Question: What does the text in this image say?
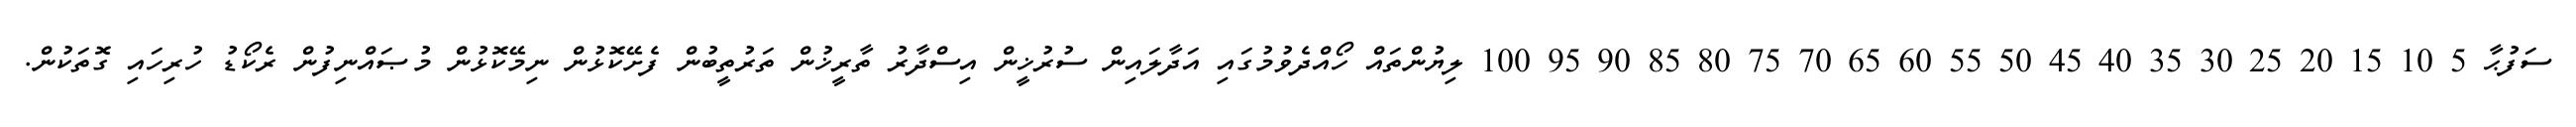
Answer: ސަފުޙާ 5 10 15 20 25 30 35 40 45 50 55 60 65 70 75 80 85 90 95 100 ލިޔުންތައް ހޯއްދެވުމުގައި އަދާލައިން ސުރުޚީން އިސްދާރު ތާރީޚުން ތަރުތީބުން ފެށޭކޮޅުން ނިމޭކޮޅުން މުޞައްނިފުން ރެކޯޑު ހުރިހައި ގޮތަކުން.